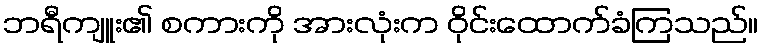
ဘရီကျူး၏ စကားကို အားလုံးက ဝိုင်းထောက်ခံကြသည်။